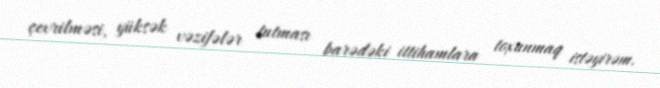
çevrilməsi, yüksək vəzifələr tutması barədəki ittihamlara toxunmaq istəyirəm.